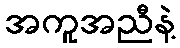
အကူအညီနဲ့